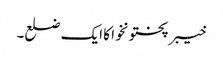
خیبر پختونخوا کا ایک ضلع۔